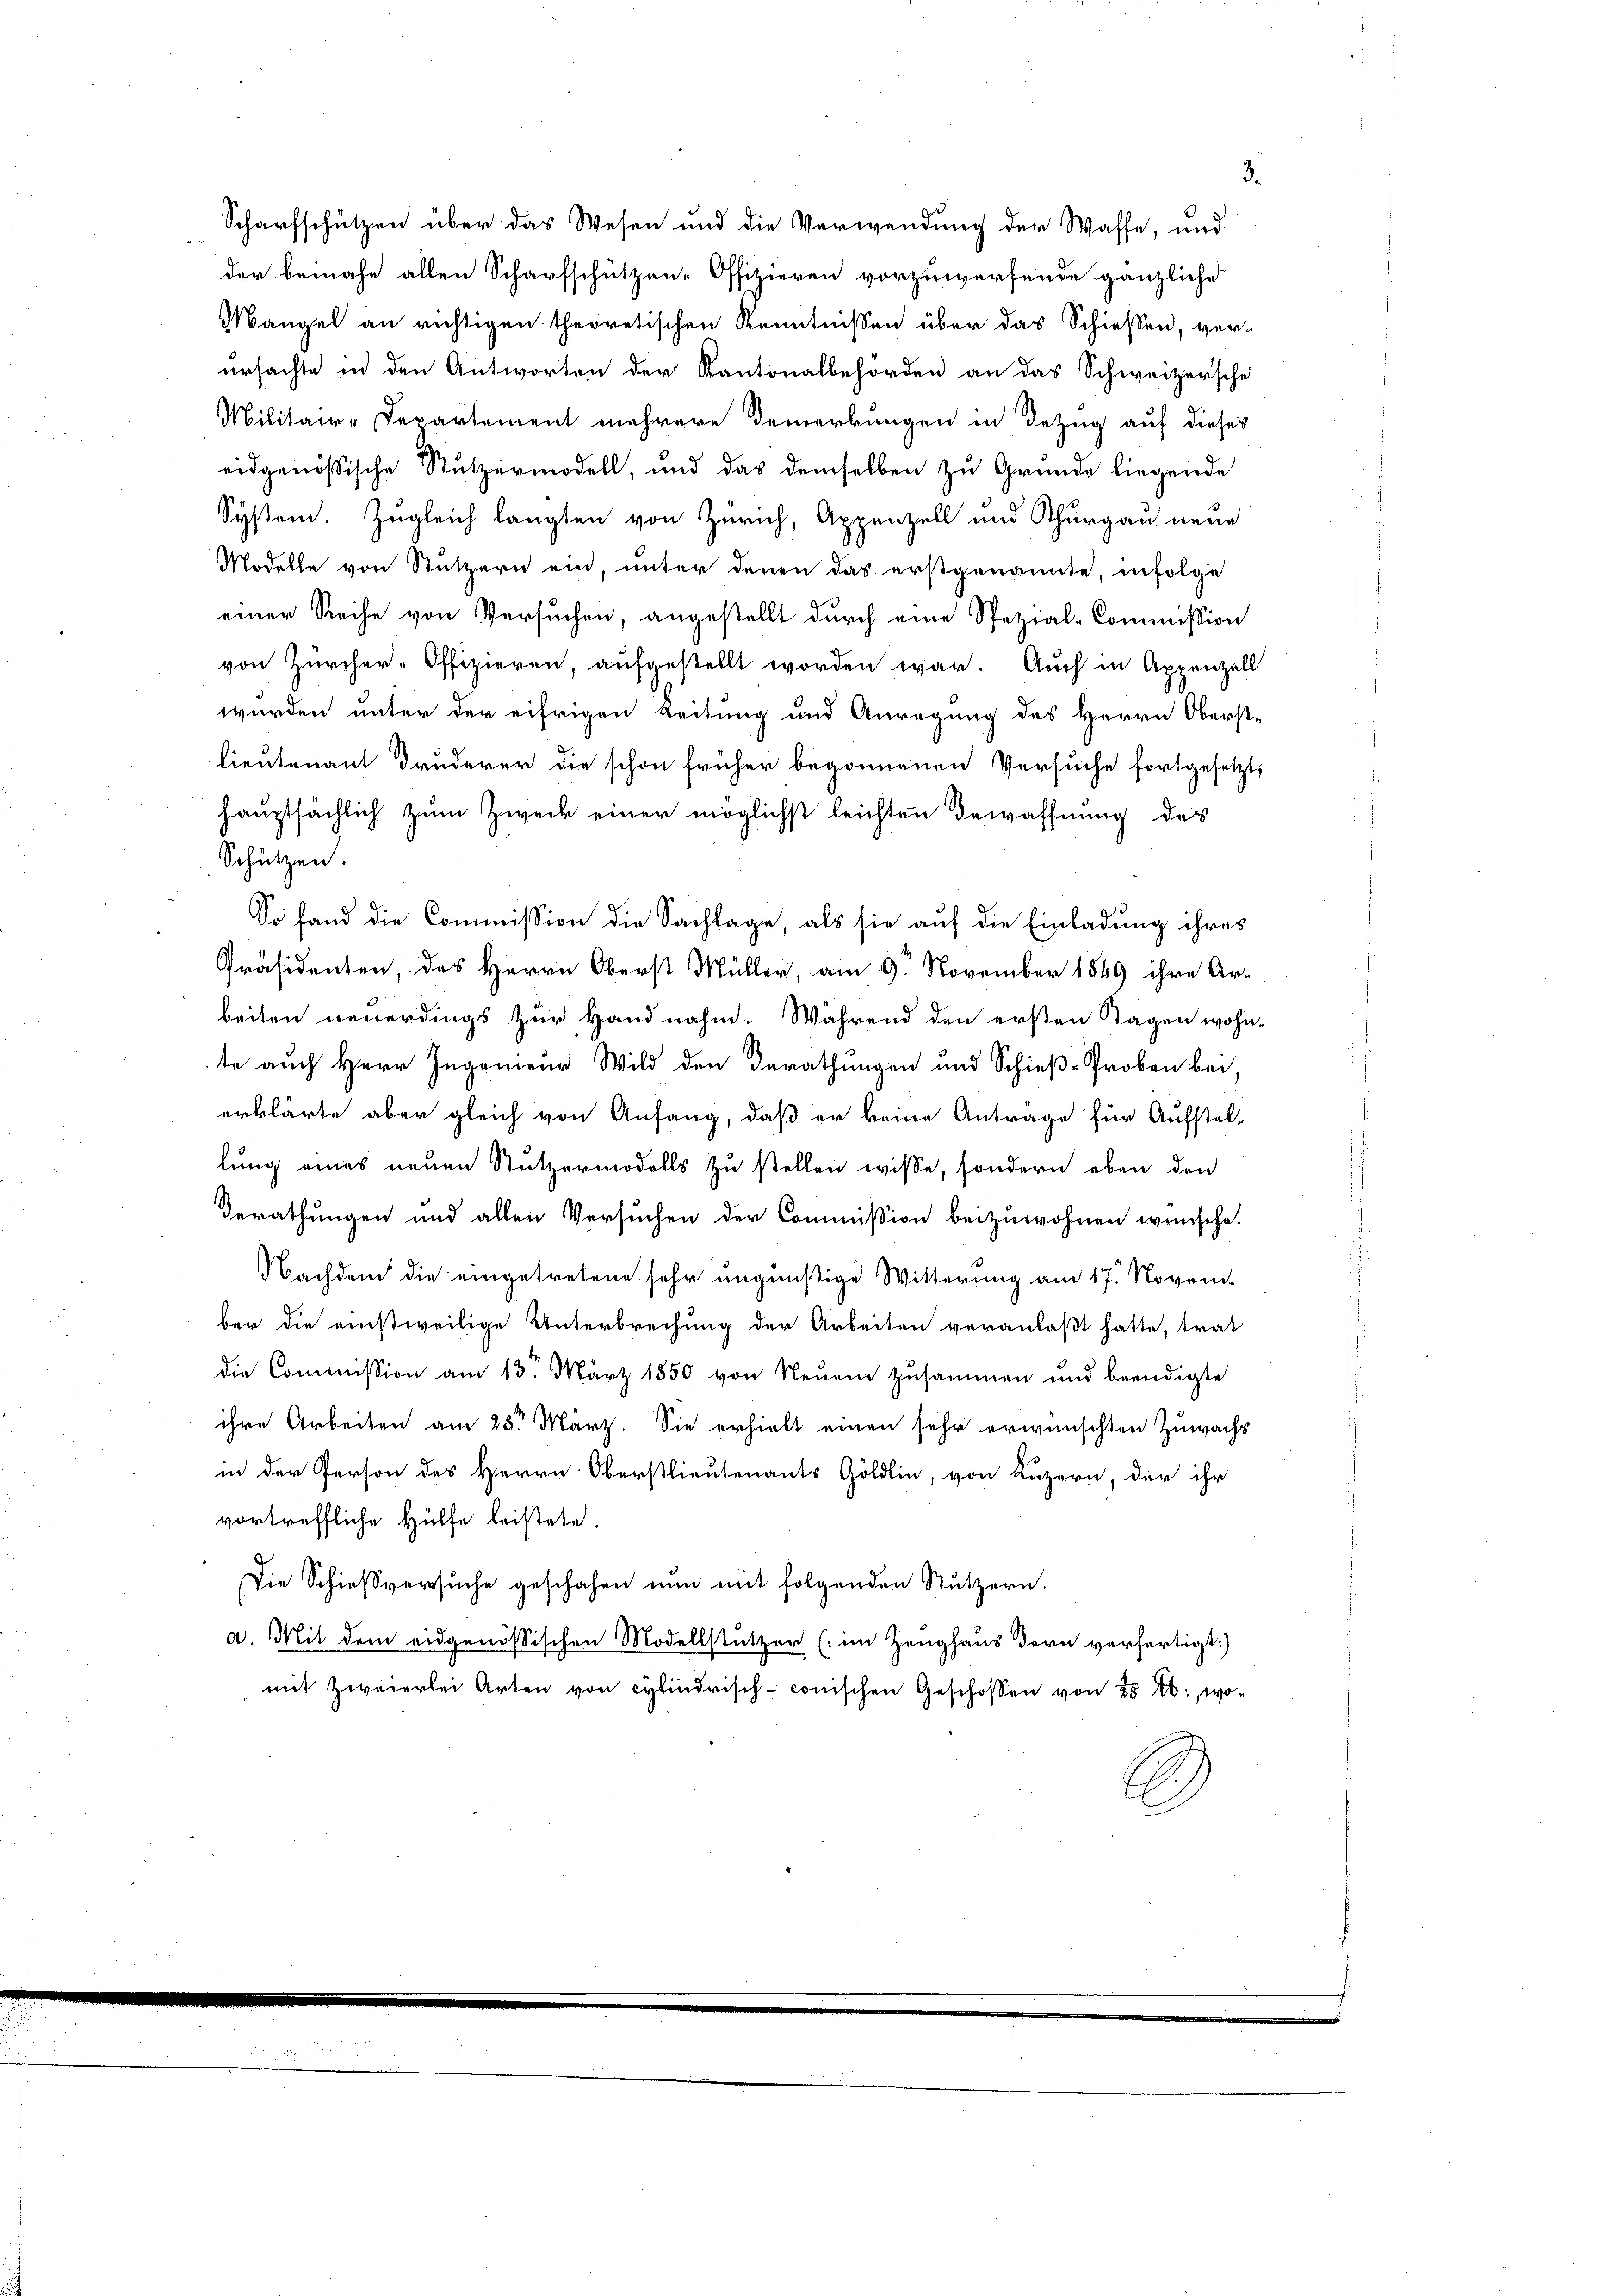
Mangel an richtigen theoretischen Kenntnissen über das Schießen, verursachte in den Antworten der Kantonalbehörden an das Schweizersche
Militair-Departement mehrere Bemerkungen in Bezug auf dieses
eidgenössische Stutzermodell, und das demselben zu Grunde liegende
System. Zugleich langten von Zürich, Appenzell und Thurgau neue
Modelle von Stützern ein, unter denen das erstgenannte, infolge
einer Reihe von Versuchen, angestellt durch eine Spezial-Commission
von Zürcher-Offizieren, aŭfgestellt worden war. Auch in Appenzell
wurden unter der eifrigen Leitung und Anregung des Herrn Oberstlieutenant Bruderer die schon früher begonnenen Versuche fortgesetzt,
hauptsächlich zum Zweck einer möglichst leichten Bewaffnung des
Schützen
So fand die Commission die Sachlage, als sie auf die Einladung ihres
Präsidenten, des Herrn Oberst Müller, am 9. November 1849 ihre Arbeiten neuerdings zur Handnahm. Während den ersten Tagen wohn-
te auch Herr Ingenieur Wild den Berathungen und Schieß-Proben bei,
erklärte aber gleich von Anfang, daß er keine Antrage für Aufstel-
lung eines neuen Stützermodells zu stellen wisse, sondern eben den
Berathungen und allen Versuchen der Commission beizuwohnen wünsche.
Nachdem die eingetretene sehr ungünstige Witterung am 17. November die einstweilige Unterbrechung der Arbeiten veranlaßt hatte, trat
die Commission am 13. März 1850 von Neuem zusammen und beendigte
ihre Arbeiten am 28ten März. Sie erhielt einen sehr erwünschten Zuwachs
in der Person des Herrn Oberstlieutenants Göldlin, von Luzern, der ihr
vortreffliche Hülfe leistete.
Die Schießversuche geschahen nun mit folgenden Stutzern.
a. Mit dem eidgenössischen Modellstützer (im Zeughaus dern verfertigt:)
mit Zweierlei Arten von cylindrisch-conischen Geschossen von 25 f:, wo¬
.

Scharfschützen über das Wesen und die Verwendung der Wasse, und
der benahe allen Scharfschützen-Offizieren vorzuwerfende gänzliche

3.